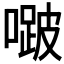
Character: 𭊱